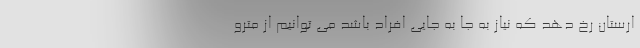
ارستان رخ دهد که نیاز به جا به جایی افراد باشد می توانیم از مترو